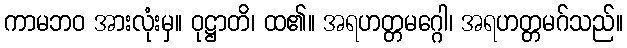
ကာမဘဝ အားလုံးမှ။ ဝုဋ္ဌာတိ၊ ထ၏။ အရဟတ္တမဂ္ဂေါ၊ အရဟတ္တမဂ်သည်။